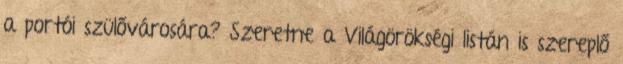
a portói szülővárosára? Szeretne a Világörökségi listán is szereplő